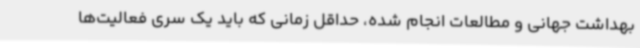
بهداشت جهانی و مطالعات انجام شده، حداقل زمانی که باید یک سری فعالیت‌ها